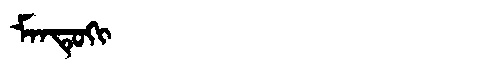
Manchu: ᠮᠠᠨᡨᡠᡴᡳ
Romanization: MANTUKI